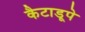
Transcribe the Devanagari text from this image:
कैटाडूपे